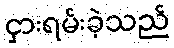
ငှားရမ်းခဲ့သည်